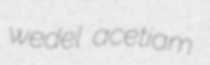
wedel acetiam